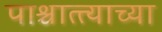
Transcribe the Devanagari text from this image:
पाश्चात्त्याच्या